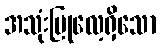
အသုံးပြုလေ့ရှိသော